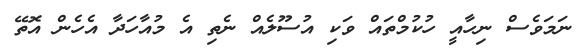
ނަމަވެސް ނިހާއީ ހުކުމްތައް ވަކި އުސޫލެއް ނެތި އެ މުއާހަދާ އެހެން އޮތޭ